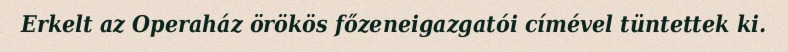
Erkelt az Operaház örökös főzeneigazgatói címével tüntettek ki.